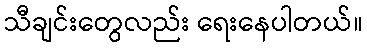
သီချင်းတွေလည်း ရေးနေပါတယ်။